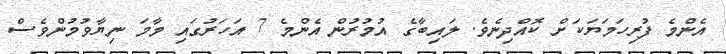
އެންމެ ފުރިހަމަޔަކަށް ކޮއްދިނެވެ. ލައިބާގެ އުމުރުން އެންމެ 7 އަހަރުގައި މާމަ ނިޔާވުމުންވެސް